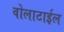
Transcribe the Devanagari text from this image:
वोलाटाईल